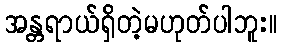
အန္တရာယ်ရှိတဲ့မဟုတ်ပါဘူး။